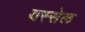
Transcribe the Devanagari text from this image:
यस्सेल